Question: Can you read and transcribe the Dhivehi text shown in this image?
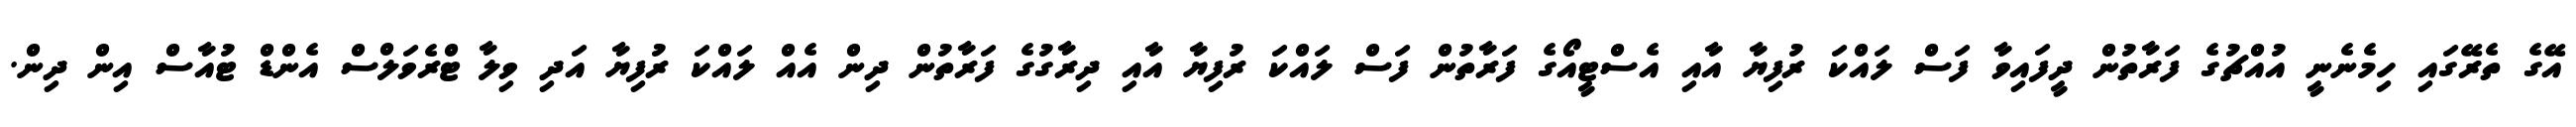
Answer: އޭގެ ތެރޭގައި ހިމެނެނީ އުއްޗުގެ ފަރާތުން ދީފައިވާ ފަސް ލައްކަ ރުފިޔާ އާއި އެސްޓީއޯގެ ފަރާތުން ފަސް ލައްކަ ރުފިޔާ އާއި ދިރާގުގެ ފަރާތުން ދިން އެއް ލައްކަ ރުފިޔާ އަދި ވިލާ ޓްރެވަލްސް އެންޑް ޓުއާސް އިން ދިން.